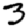
Digit: 3